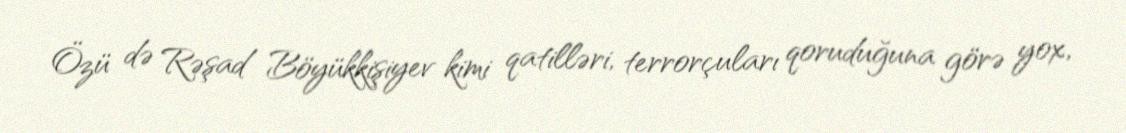
Özü də Rəşad Böyükkişiyev kimi qatilləri, terrorçuları qoruduğuna görə yox,